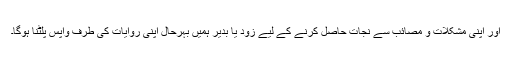
اور اپنی مشکلات و مصائب سے نجات حاصل کرنے کے لیے زود یا بدیر ہمیں بہرحال اپنی روایات کی طرف واپس پلٹنا ہوگا۔